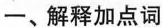
一、解释加点词